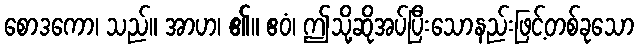
စောဒကော၊ သည်။ အာဟ၊ ၏။ ဧဝံ၊ ဤသို့ဆိုအပ်ပြီးသောနည်းဖြင့်တစ်ခုသော